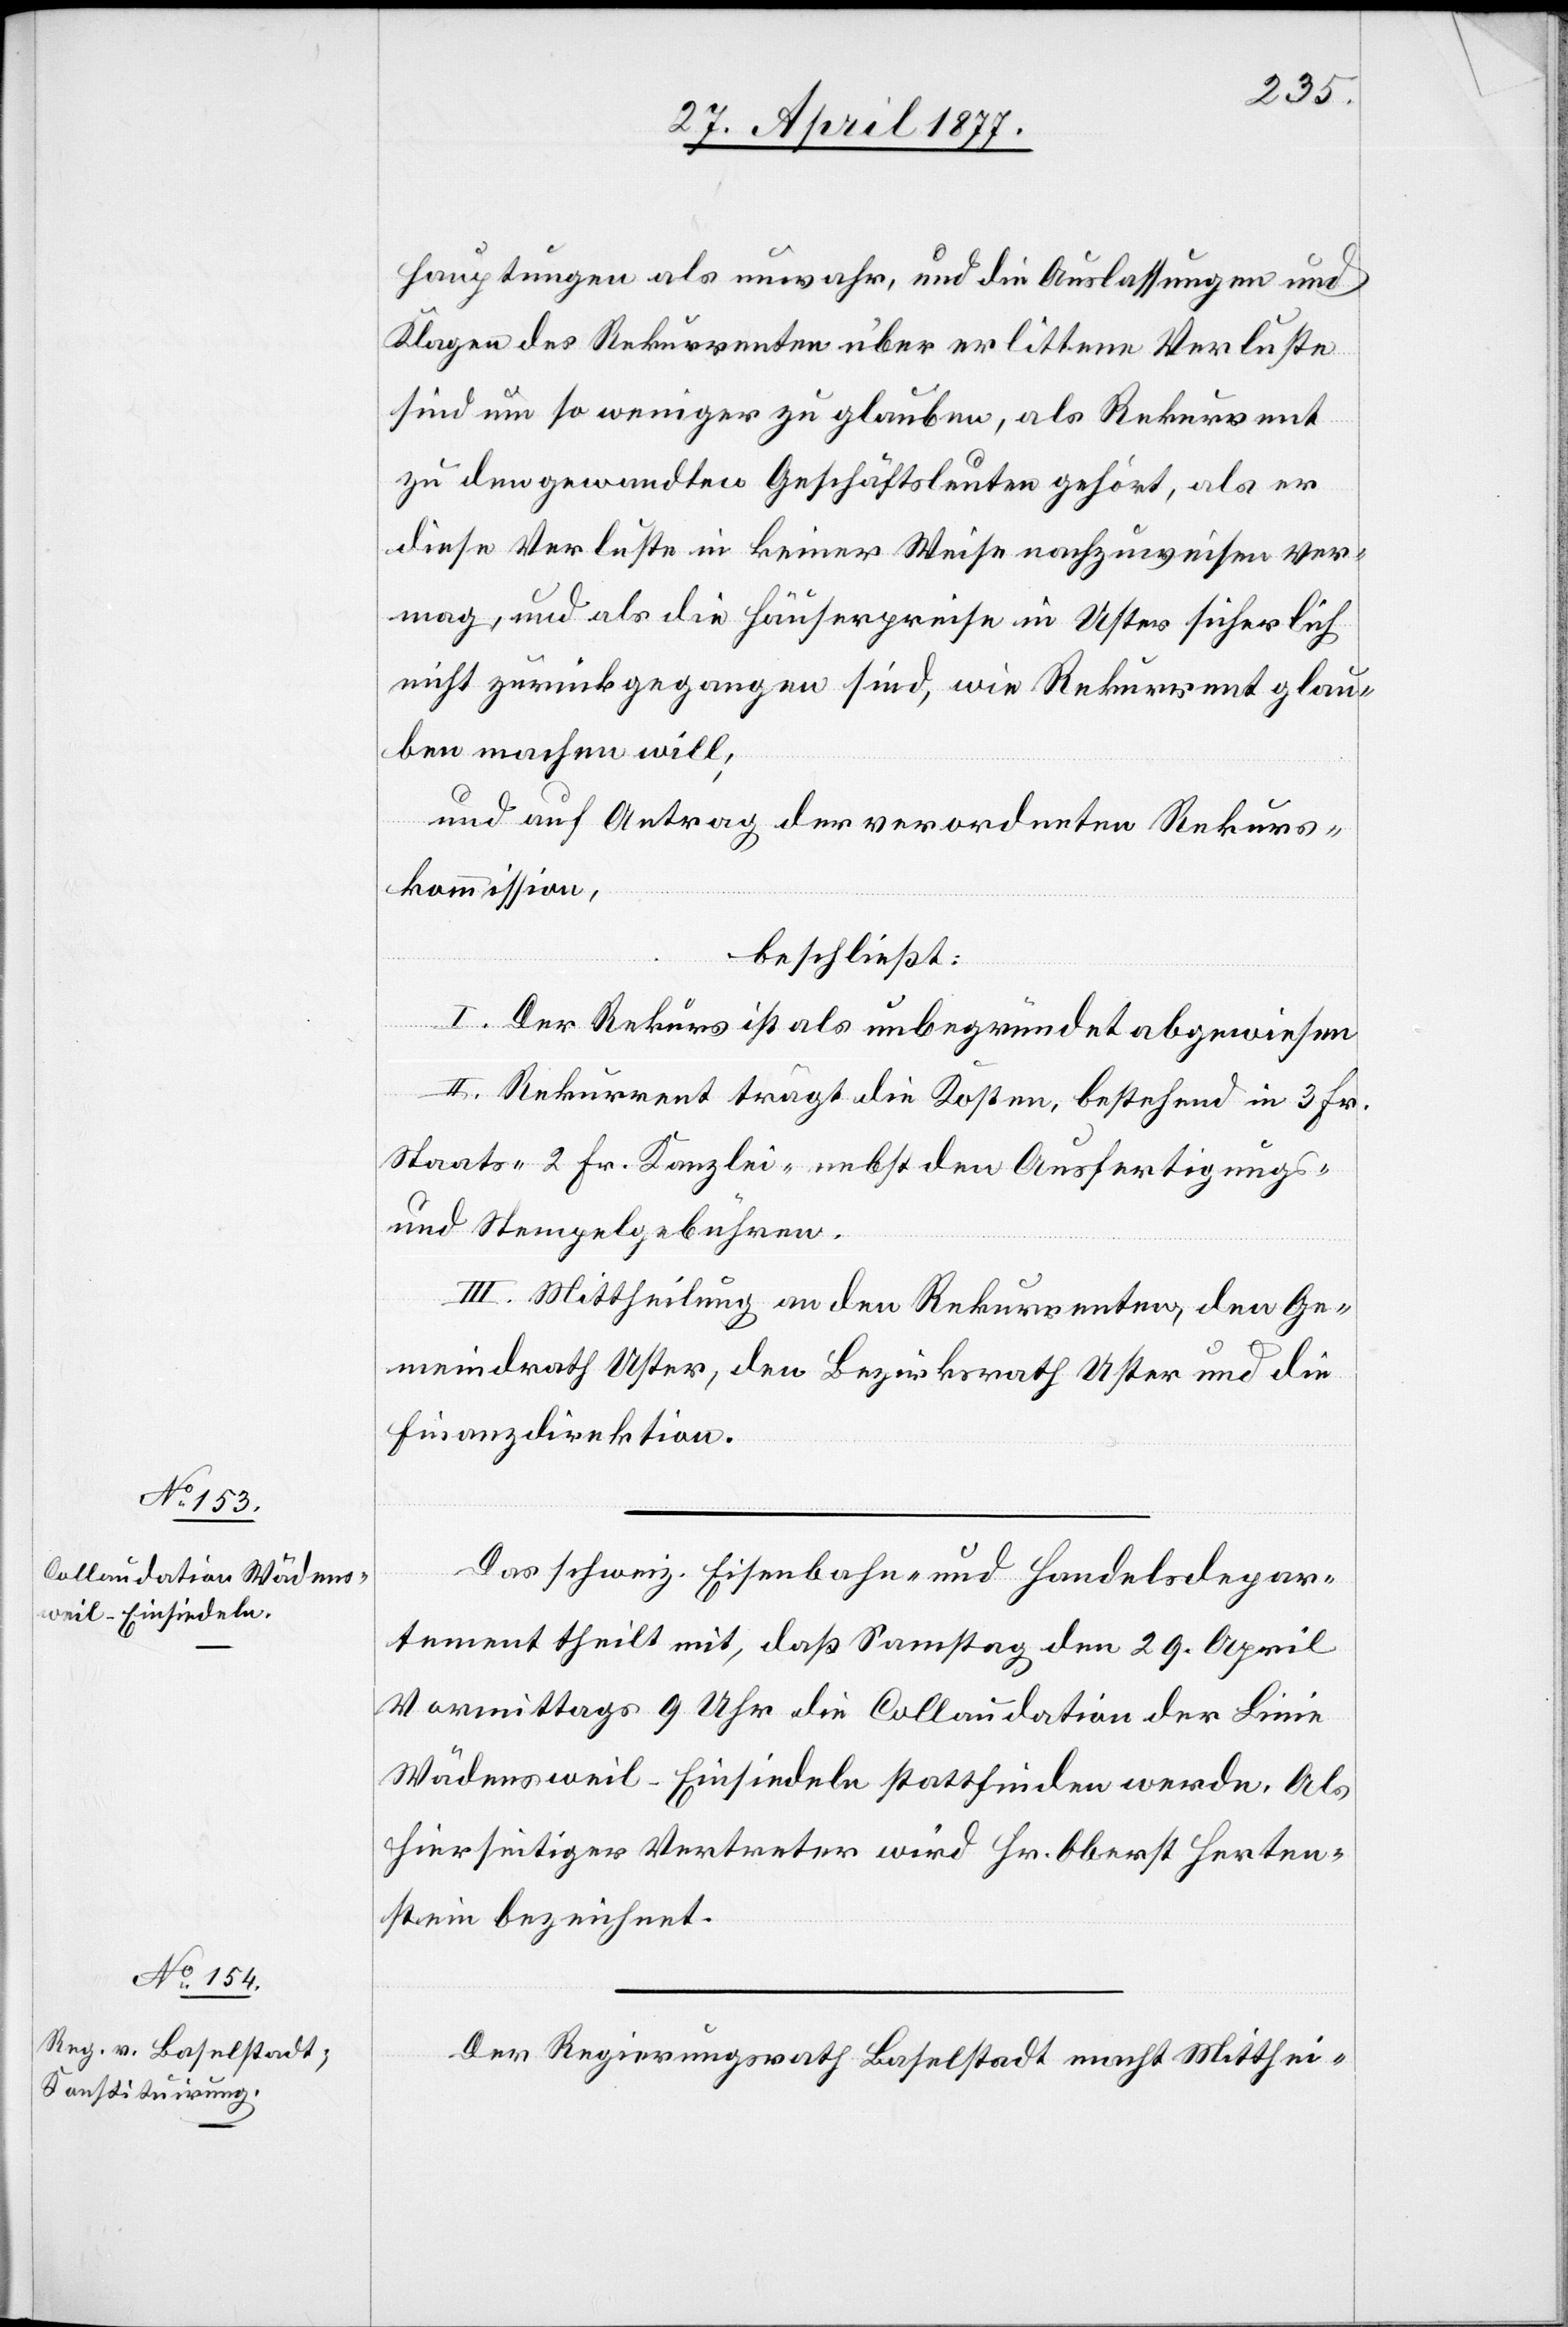
hauptungen als unwahr, und die Auslassungen und
Klagen des Rekurrenten über erlittene Verluste
sind um so weniger zu glauben, als Rekurrent
zu den gewandten Geschäftsleuten gehört, als er
diese Verluste in keiner Weise nachzuweisen ver¬
mag, und als die Häuserpreise in Uster sicherlich
nicht zurückgegangen sind, wie Rekurrent glau¬
ben machen will;
und auf Antrag der verordneten Rekurs¬
kommission,
beschließt:
I. Der Rekurs ist als unbegründet abgewiesen.
II. Rekurrent trägt die Kosten, bestehend in 3 Fr.
Staats- 2 Fr. Kanzlei- nebst den Ausfertigungs-
und Stempelgebühren.
III. Mittheilung an den Rekurrenten, den Ge¬
meindrath Uster, den Bezirksrath Uster und die
Finanzdirektion.
Das schweiz. Eisenbahn- und Handelsdepar¬
tement theilt mit, daß Samstag den 29. April
Vormittags 9 Uhr die Collaudation der Linie
Wädensweil–Einsiedeln stattfinden werde. Als
hierseitiger Vertreter wird Hr. Oberst Herten¬
stein bezeichnet.
Der Regierungsrath Baselstadt macht Mitthei-